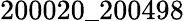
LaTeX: {200020}\_ {200498}